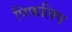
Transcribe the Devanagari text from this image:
पिफलिप